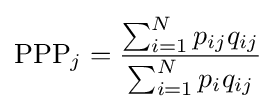
{\rm {PPP}}_{j}={\frac {\sum _{i=1}^{N}{p_{ij}q_{ij}}}{\sum _{i=1}^{N}{p_{i}q_{ij}}}}